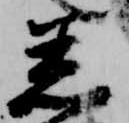
着